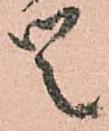
候